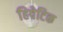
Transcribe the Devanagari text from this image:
हिपेटिक